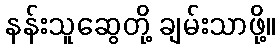
နန်းသူဆွေတို့ ချမ်းသာဖို့။